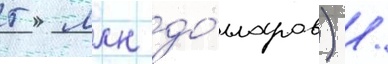
5 млн до́лларов) /